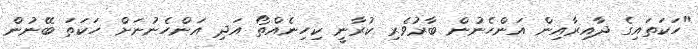
"ހަކަތައިގެ ދާއިރާއިން އަންހެނުން ބާރުވެރި ކުރާނީ ކިހިނެއްތޯ އަދި އަންހެނުނަށް ހަކަތަ ބޭނުން